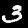
Digit: 3